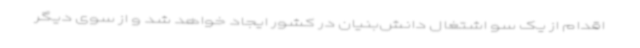
اقدام از یک سو اشتغال دانش‌بنیان در کشور ایجاد خواهد شد و از سوی دیگر